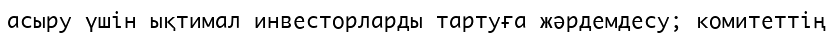
асыру үшін ықтимал инвесторларды тартуға жәрдемдесу; комитеттің